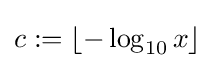
c:=\lfloor -\log _{10}x\rfloor